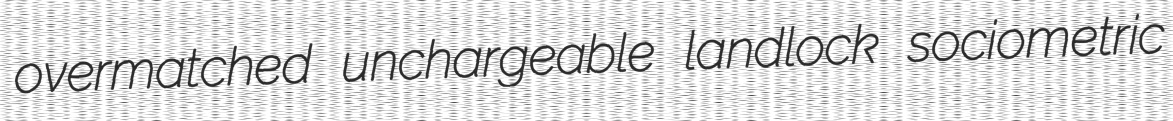
overmatched unchargeable landlock sociometric